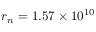
r _ { n } = 1 . 5 7 \times 1 0 ^ { 1 0 }